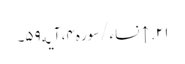
۲۱. ↑ نساء/سوره۴، آیه۵۹۔